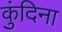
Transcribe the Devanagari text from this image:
कुंदिना